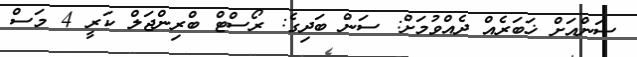
ސަންއަށް ޚަބަރެއް ދެއްވުމަށް: ސަން ބަދިގެ: ރޯސްޓް ބްރިންޖަލް ކަރީ 4 މަސް